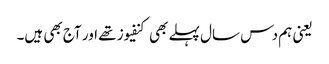
یعنی ہم دس سال پہلے بھی کنفیوز تھے اور آج بھی ہیں۔